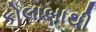
કોલાબાથી